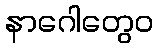
နာဂေါတွေဝ